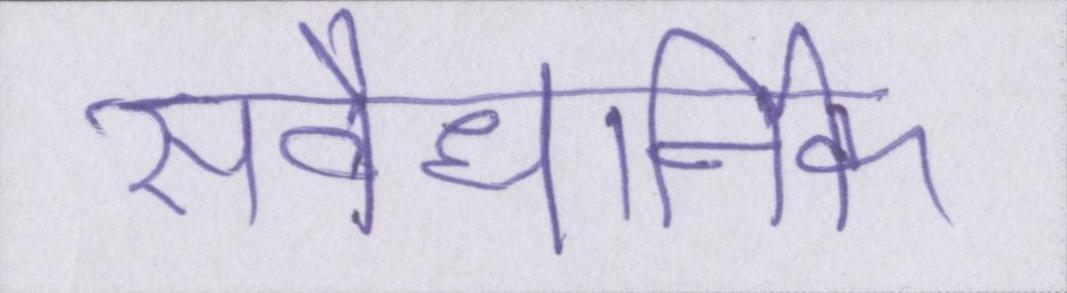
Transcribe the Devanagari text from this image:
संवैधानिक